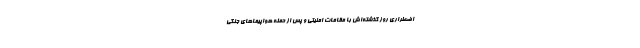
اضطراری روز گذشته‌اش با مقامات امنیتی و پس از حمله هواپیماهای جنگی